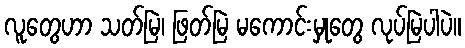
လူတွေဟာ သတ်မြဲ၊ ဖြတ်မြဲ မကောင်းမှုတွေ လုပ်မြဲပါပဲ။